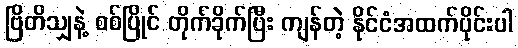
ဗြိတိသျှနဲ့ စစ်ပြိုင် တိုက်ခိုက်ပြီး ကျန်တဲ့ နိုင်ငံအထက်ပိုင်းပါ